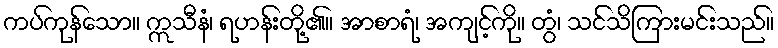
ကပ်ကုန်သော။ ဣသီနံ၊ ရဟန်းတို့၏။ အာစာရံ၊ အကျင့်ကို။ တွံ၊ သင်သိကြားမင်းသည်။